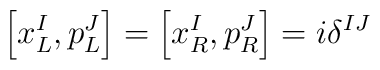
\left[ x^{I}_{L}, p^{J}_{L} \right] = \left[ x^{I}_{R}, p^{J}_{R}\right] = i \delta^{IJ}